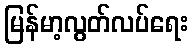
မြန်မာ့လွတ်လပ်ရေး